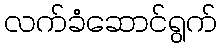
လက်ခံဆောင်ရွက်